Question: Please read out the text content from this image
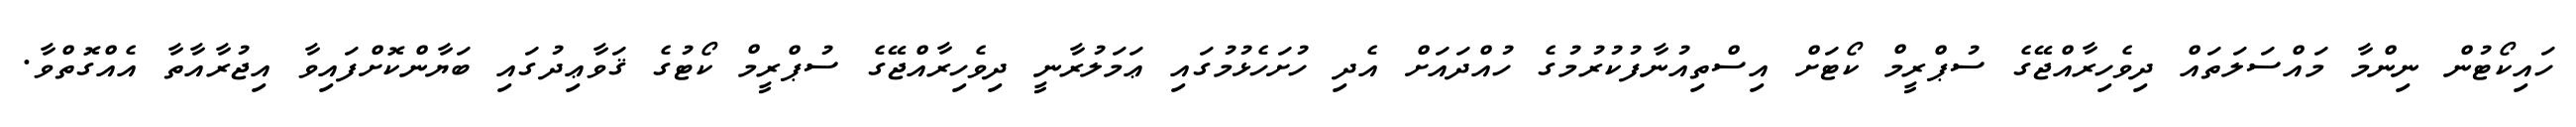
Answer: ހައިކޯޓުން ނިންމާ މައްސަލަތައް ދިވެހިރާއްޖޭގެ ސުޕްރީމް ކޯޓަށް އިސްތިއުނާފުކުރުމުގެ ހުއްދައަށް އެދި ހުށަހެޅުމުގައި ޢަމަލުރާނީ ދިވެހިރާއްޖޭގެ ސުޕްރީމް ކޯޓުގެ ޤަވާޢިދުގައި ބަޔާންކޮށްފައިވާ އިޖުރާއާތާ އެއްގޮތްވާ.